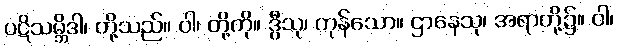
ပဋိသမ္ဘိဒါ၊ တို့သည်။ ဝါ၊ တို့ကို။ ဒွီသု၊ ကုန်သော။ ဌာနေသု၊ အရာတို့၌။ ဝါ၊